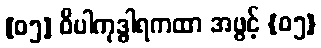
[၀၅] ဝိပါကုဒ္ဓါရကထာ အဖွင့် {၀၅}